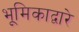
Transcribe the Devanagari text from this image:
भूमिकाद्वारे